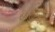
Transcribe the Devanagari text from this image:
१९०६मधे